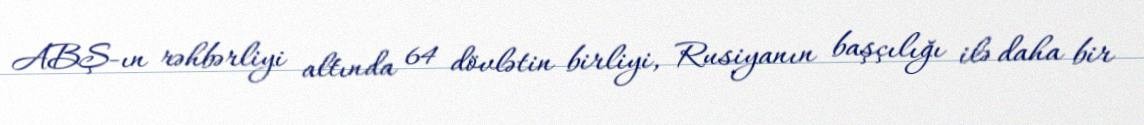
ABŞ-ın rəhbərliyi altında 64 dövlətin birliyi, Rusiyanın başçılığı ilə daha bir